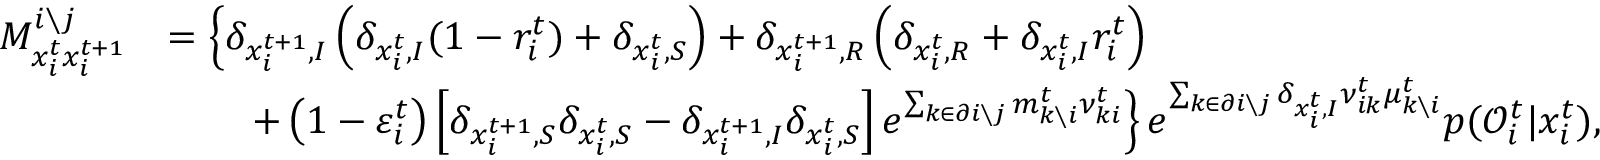
\begin{array} { r l } { M _ { x _ { i } ^ { t } x _ { i } ^ { t + 1 } } ^ { i \setminus j } } & { = \left\{ \delta _ { x _ { i } ^ { t + 1 } , I } \left( \delta _ { x _ { i } ^ { t } , I } ( 1 - r _ { i } ^ { t } ) + \delta _ { x _ { i } ^ { t } , S } \right) + \delta _ { x _ { i } ^ { t + 1 } , R } \left( \delta _ { x _ { i } ^ { t } , R } + \delta _ { x _ { i } ^ { t } , I } r _ { i } ^ { t } \right) \right. } \\ & { \qquad \left. + \left( 1 - \varepsilon _ { i } ^ { t } \right) \left[ \delta _ { x _ { i } ^ { t + 1 } , S } \delta _ { x _ { i } ^ { t } , S } - \delta _ { x _ { i } ^ { t + 1 } , I } \delta _ { x _ { i } ^ { t } , S } \right] e ^ { \sum _ { k \in \partial i \setminus j } m _ { k \setminus i } ^ { t } \nu _ { k i } ^ { t } } \right\} e ^ { \sum _ { k \in \partial i \setminus j } \delta _ { x _ { i } ^ { t } , I } \nu _ { i k } ^ { t } \mu _ { k \setminus i } ^ { t } } p ( \mathcal { O } _ { i } ^ { t } | x _ { i } ^ { t } ) , } \end{array}